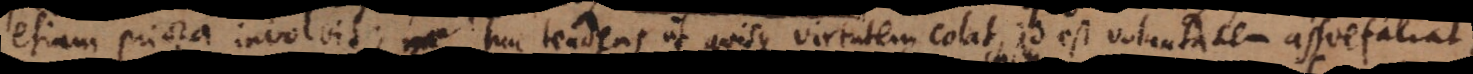
etiam priora involvit, huc tendens ut quisque virtutem colat, id est voluntatem assuefaciat,